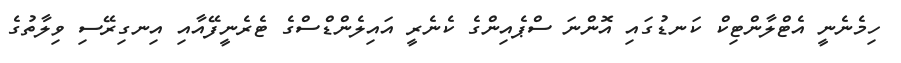
ހިމެނެނީ އެޓްލާންޓިކް ކަނޑުގައި އޮންނަ ސްޕެއިންގެ ކެނެރީ އައިލެންޑްސްގެ ޓެރެނީފޭއާއި އިނގިރޭސި ވިލާތުގެ